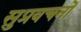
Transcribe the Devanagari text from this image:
सुप्रवचनों